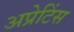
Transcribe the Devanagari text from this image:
अप्रेटिंस